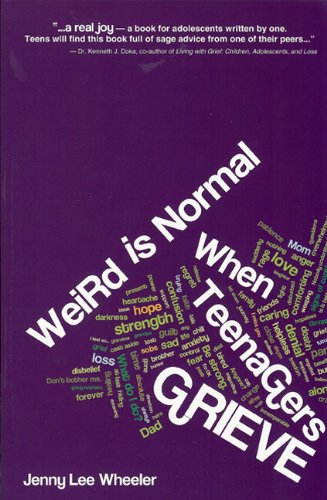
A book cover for Weird Is Normal When Teenagers Grieve; Jenny Lee Wheeler; Teen & Young Adult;